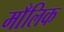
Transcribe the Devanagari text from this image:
माँलिक